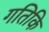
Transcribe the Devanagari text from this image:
गतिकि